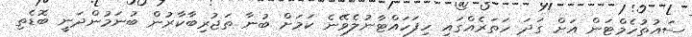
ސައުތުހެމްޓަން އަށް ގަދަ ހަތަރެއްގައި ހިފަހައްޓާނުލެވޭނެ ކަމަށް ބުނާ ތަޖުރިބާކާރުން ބުނަމުންދަނީ ބޮޑެތި